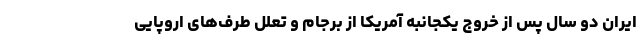
ایران دو سال پس از خروج یکجانبه آمریکا از برجام و تعلل طرف‌های اروپایی